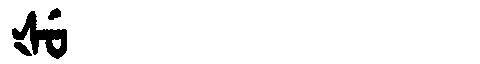
Manchu: ᡧᡠ
Romanization: ŠU